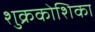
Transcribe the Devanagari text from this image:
शुक्रकोशिका